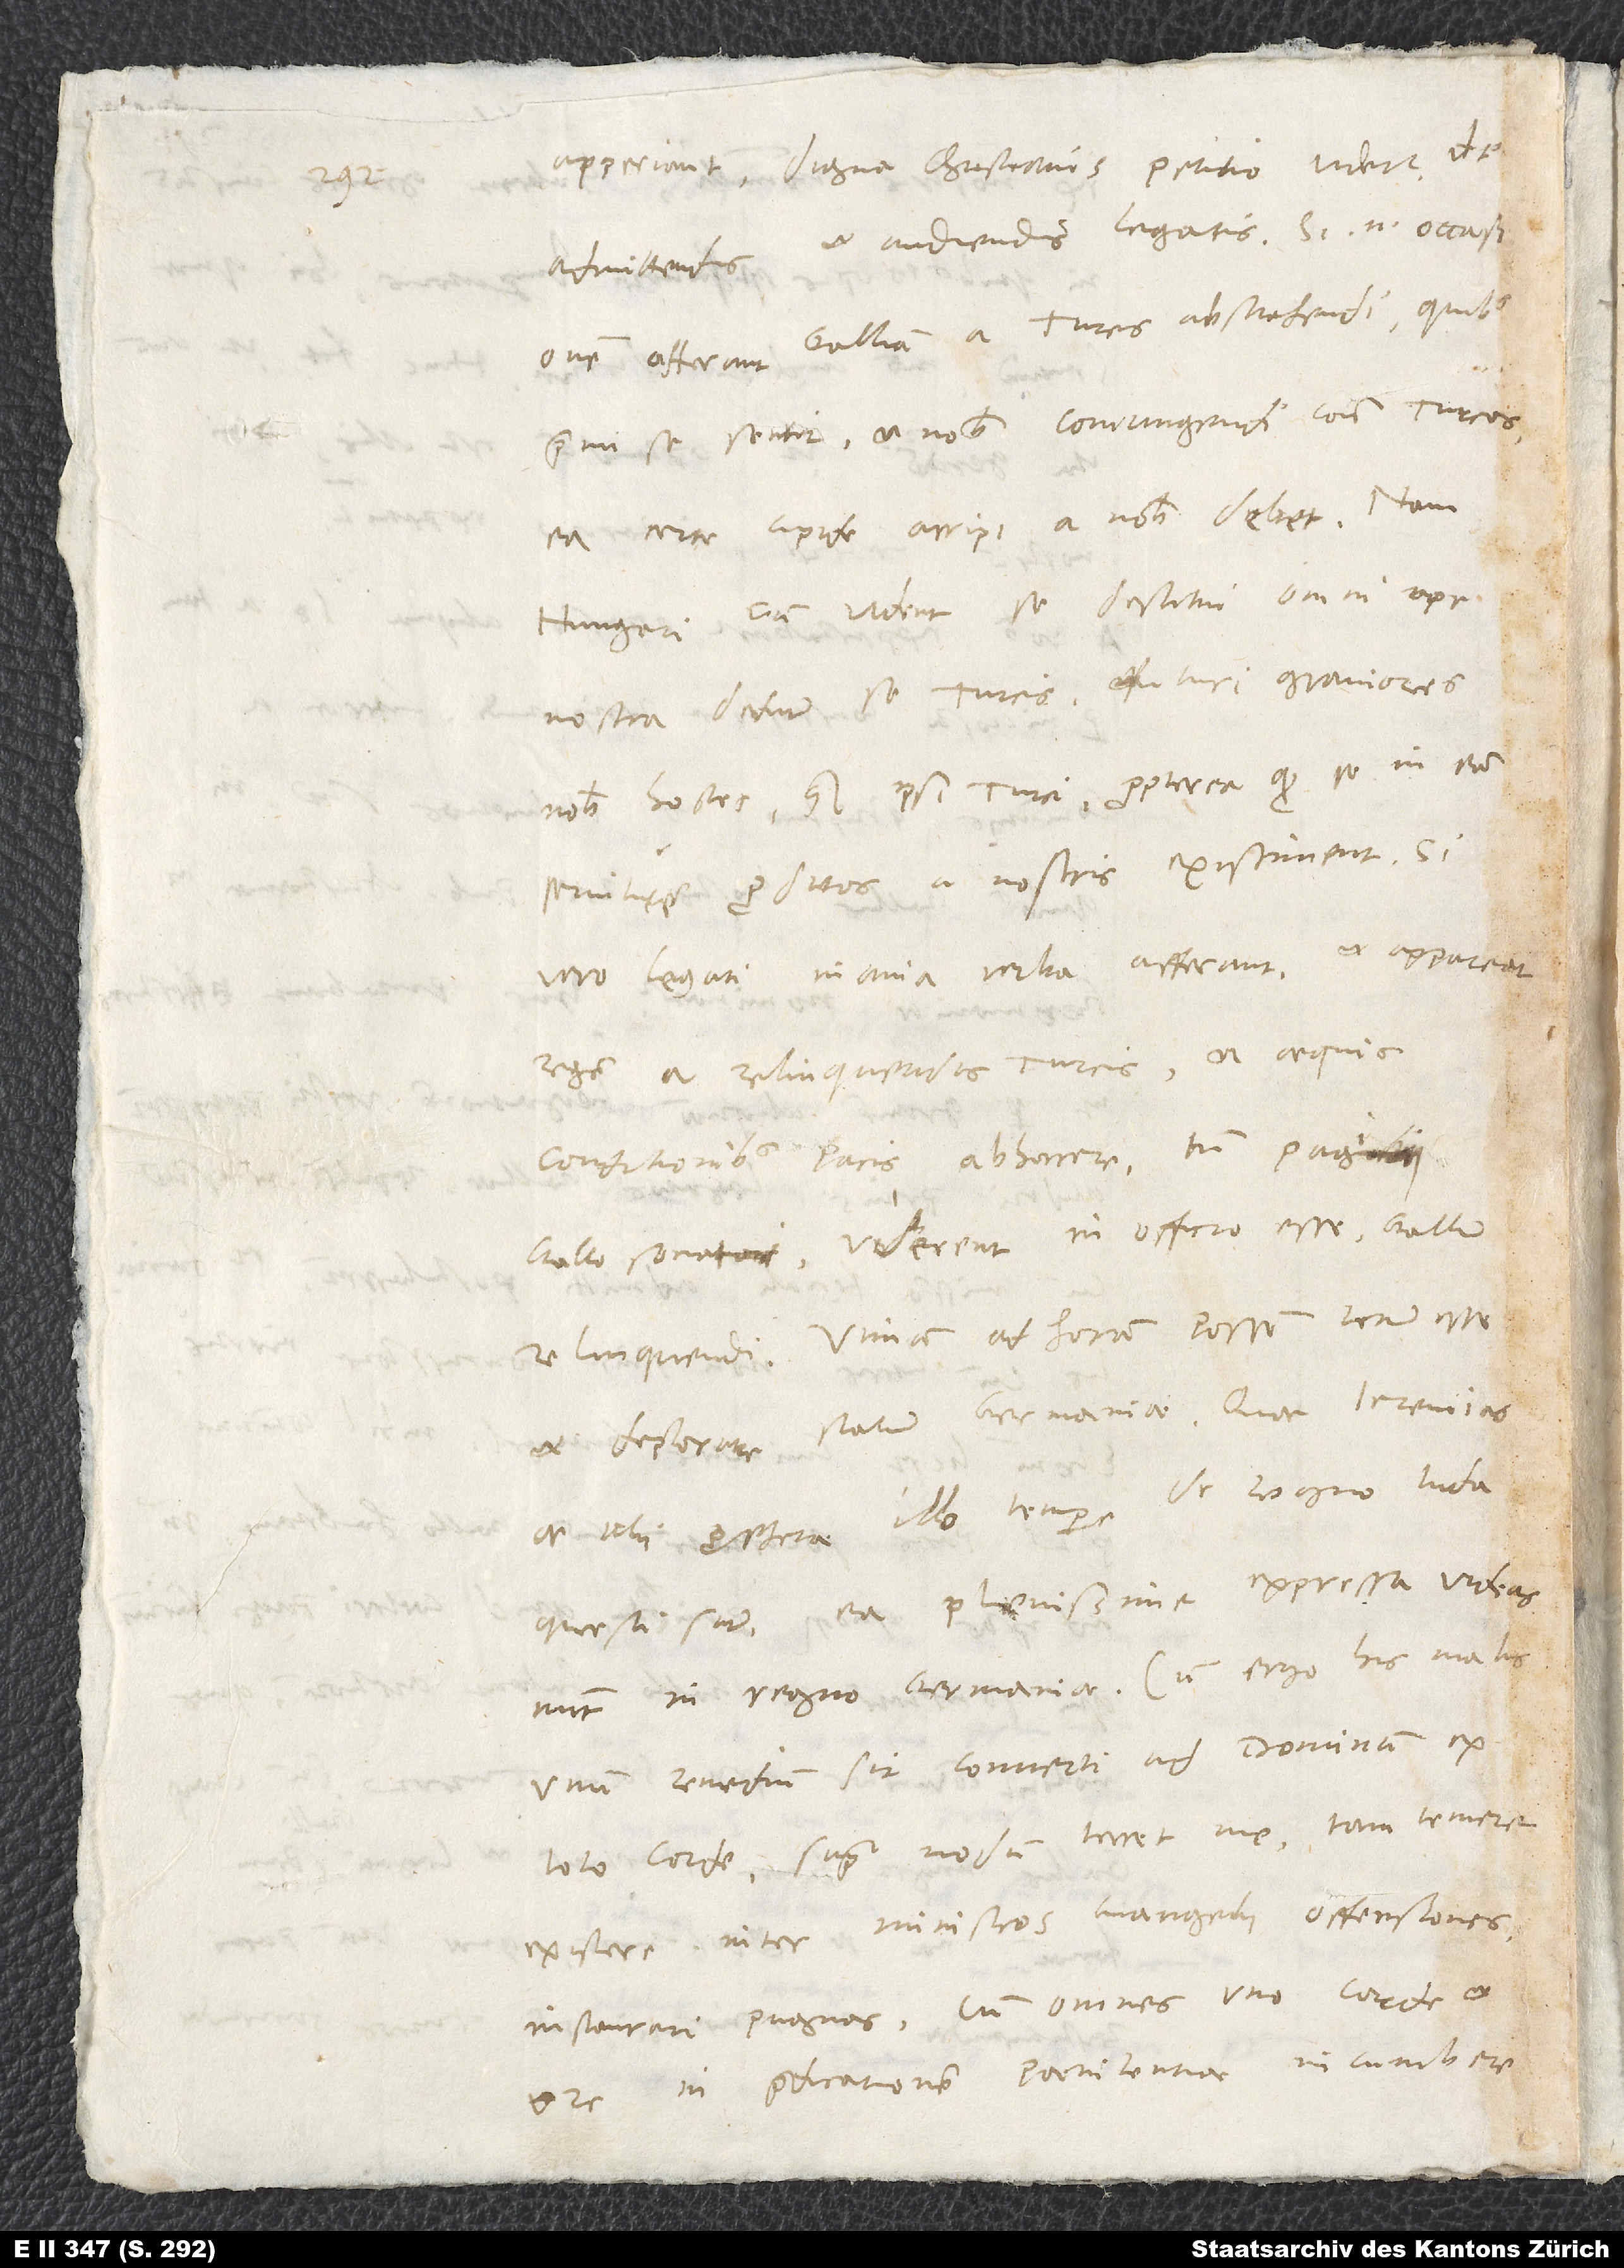
apperiant, digna christianis petitio videtur de
admittendis et audiendis legatis. Si enim occasionem
afferant Galliam a Turcis abstrahendi, quibus
premi se sentit, et nobis coniungendi contra Turcos,
ea certe cupide arripi a nobis debet. Nam
Hungari, cum vident se destitui omni ope
nostra, dedunt se Turcis futuri graviores
nobis hostes quam ipsi Turci, propterea quod se in eam
servitutem proditos a nostris existiment. Si
vero legati inania verba afferant et appare
regem a relinquendis Turcis et aequis
conditionibus pacis abhorrere, tum pagi
Gallo sociati viderent in officio esse Gallum
et deplorare statum Germaniae! Quae Ieremias
ac alii prophetae illo tempore de regno Iuda
questi sunt, ea plenissime expressa vide.